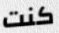
كنت